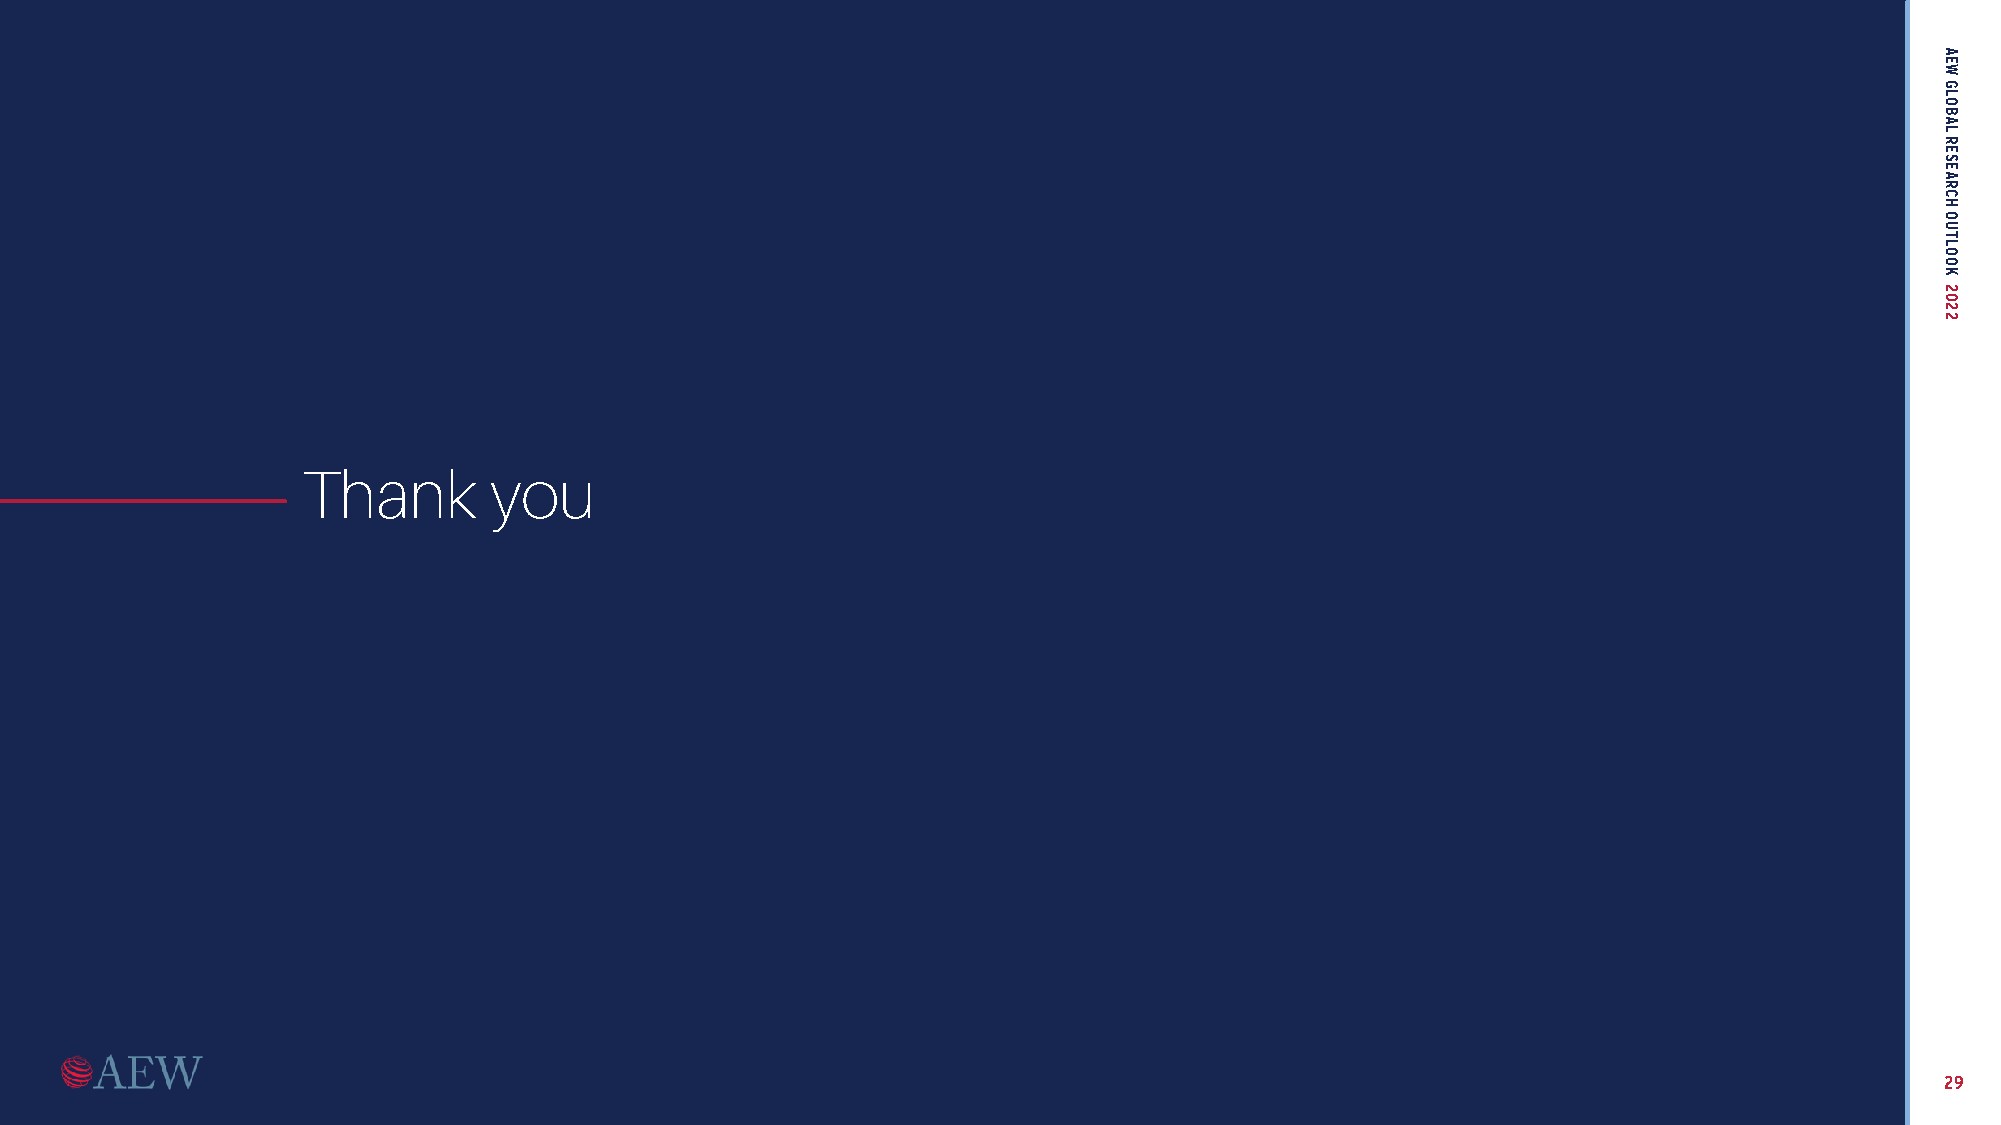
In  Recovery
 Comes
 Opportunity
 Thank       you
 02 DECEMBER 2021
 A Focus on the 2022 Global
 Property Markets and Sectors
 This material is intended for information purposes only. It does not constitute investment advice or a recommendation. The information and opinions presented in this material have been
 prepared internally and/or obtained from sources which AEW believes to be reliable, however AEW does not guarantee the accuracy,adequacy, or completeness of such information. Opinions
 expressed reflect prevailing market conditions at the time this material was completed and are subject to change. Neither this material, nor any of its contents, may be used for any purpose
 without the consent and knowledge of AEW.
 29
 AEW
 GLOBAL
 RESEARCH
 OUTLOOK
 2022